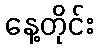
နေ့တိုင်း